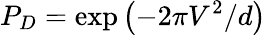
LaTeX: P_{D}=\exp\left(-2\pi V^{2}/d\right)